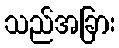
သည်အခြား